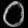
Digit: ၀